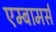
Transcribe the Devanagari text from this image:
एम्बामर्स